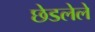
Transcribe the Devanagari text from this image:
छेडलेले